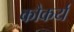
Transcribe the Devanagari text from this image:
कौकर्य